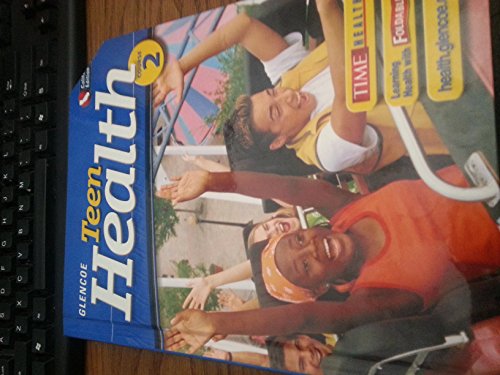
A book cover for Glencoe Teen Health, Course 2; Mary H. Bronson; Health, Fitness & Dieting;